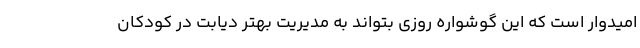
امیدوار است که این گوشواره روزی بتواند به مدیریت بهتر دیابت در کودکان